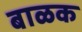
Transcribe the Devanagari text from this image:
बाळक